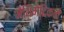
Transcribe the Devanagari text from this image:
मैथिमैटिकल